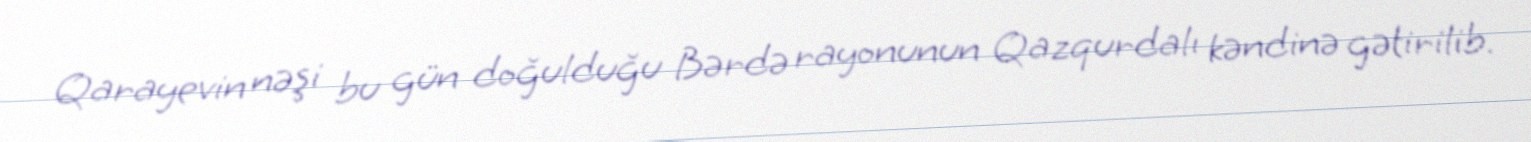
Qarayevin nəşi bu gün doğulduğu Bərdə rayonunun Qazqurdalı kəndinə gətirilib.